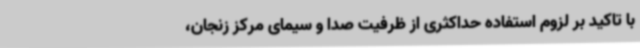
با تاکید بر لزوم استفاده حداکثری از ظرفیت صدا و سیمای مرکز زنجان،